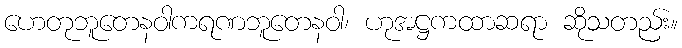
ဟေတုဘူတေနဝါကရဏဘူတေနဝါ၊ ဟုအဋ္ဌကထာဆရာ ဆိုသတည်း။